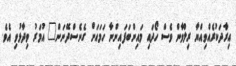
އިރާދަކުރެއްވިއްޔާ ރިލްވާން ވެސް ހޯދައި މައިންބަފައިންނާ ހަމައަށް ގެނެސްދޭނަން" އުމަރު ވިދާޅުވި އެވެ.